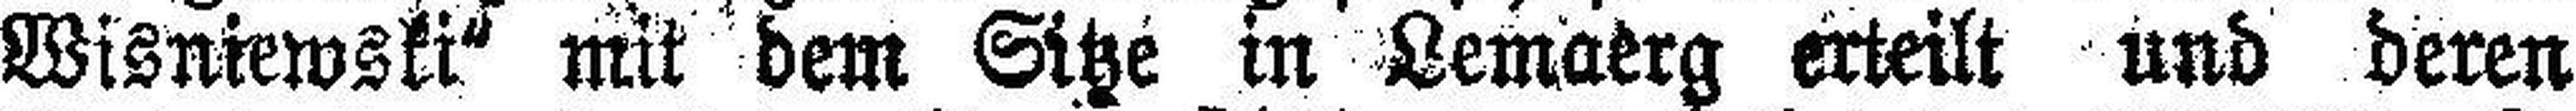
Wisniewski“ mit dem Sitze im Lemaerg erteilt und deren